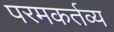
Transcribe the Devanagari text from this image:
परमकर्तव्य